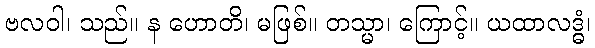
ဗလဝါ၊ သည်။ န ဟောတိ၊ မဖြစ်။ တသ္မာ၊ ကြောင့်။ ယထာလဒ္ဓံ၊